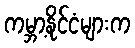
ကမ္ဘာ့နိုင်ငံများက